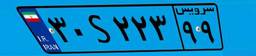
۳۰S۲۲۳۹۹